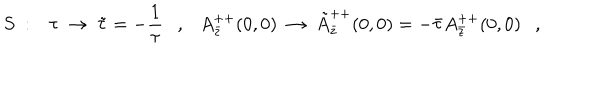
LaTeX: S \ : \ \ \ \tau \ \rightarrow \ \tilde { \tau } = - \frac { 1 } { \tau } \ \ \ , \ \ \ A _ { \bar { z } } ^ { + + } ( 0 , 0 ) \ \rightarrow \ \tilde { A } _ { \bar { z } } ^ { + + } ( 0 , 0 ) = - \bar { \tau } A _ { \bar { z } } ^ { + + } ( 0 , 0 ) \ \ \ ,